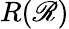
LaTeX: R(\mathscr{R})